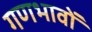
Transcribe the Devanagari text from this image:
गणभावों